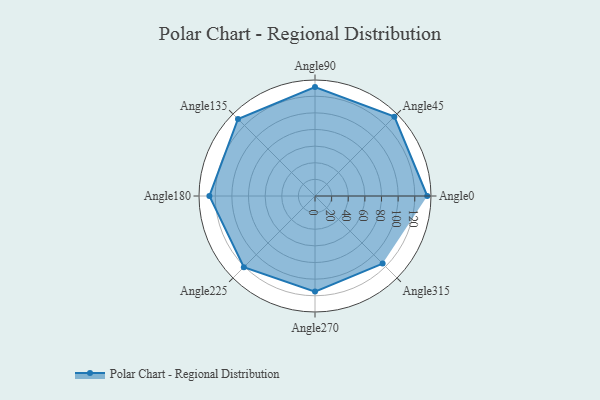
{"axis": {"x": "Angle", "y": "Radius"}, "legend": [""], "data": [{"x": "Angle0", "y": 135.0, "type": ""}, {"x": "Angle45", "y": 135.0, "type": ""}, {"x": "Angle90", "y": 131.0, "type": ""}, {"x": "Angle135", "y": 131.0, "type": ""}, {"x": "Angle180", "y": 127.0, "type": ""}, {"x": "Angle225", "y": 121.0, "type": ""}, {"x": "Angle270", "y": 115.0, "type": ""}, {"x": "Angle315", "y": 115.0, "type": ""}]}